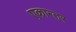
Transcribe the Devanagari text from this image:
एकान्‍तर